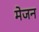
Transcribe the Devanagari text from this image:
मेजन